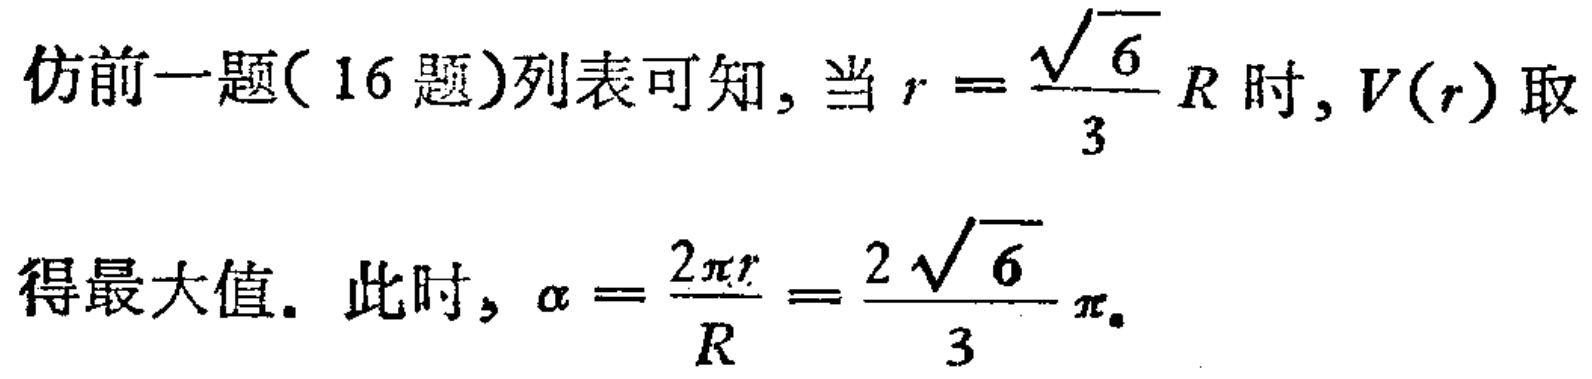
仿前一题(16题)列表可知, 当 \(r = \frac{\sqrt{6}}{3}R\) 时, \(V(r)\) 取
得最大值. 此时, \(\alpha = \frac{2\pi r}{R} = \frac{2\sqrt{6}}{3}\pi\).